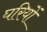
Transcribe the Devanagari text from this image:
घरियों